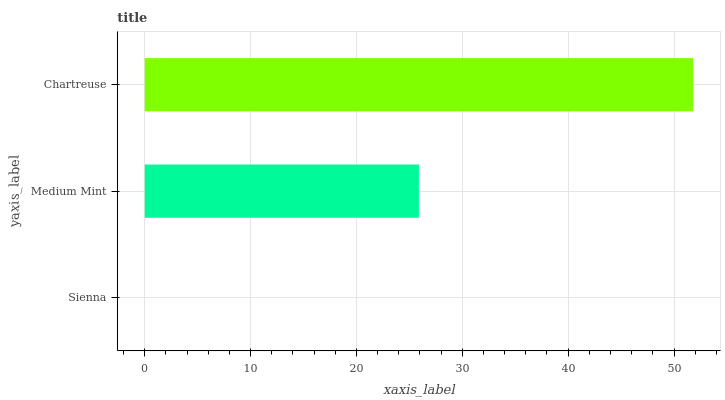
| yaxis_label | bars |
 | --- | --- |
 | Sienna | 0 |
 | Medium Mint | 25.9 |
 | Chartreuse | 51.8 |